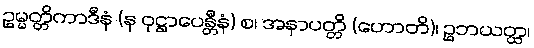
ဥမ္မတ္တိကာဒီနံ (န ဝုဋ္ဌာပေန္တီနံ) စ၊ အနာပတ္တိ (ဟောတိ)၊ ဥဘယတ္ထ၊